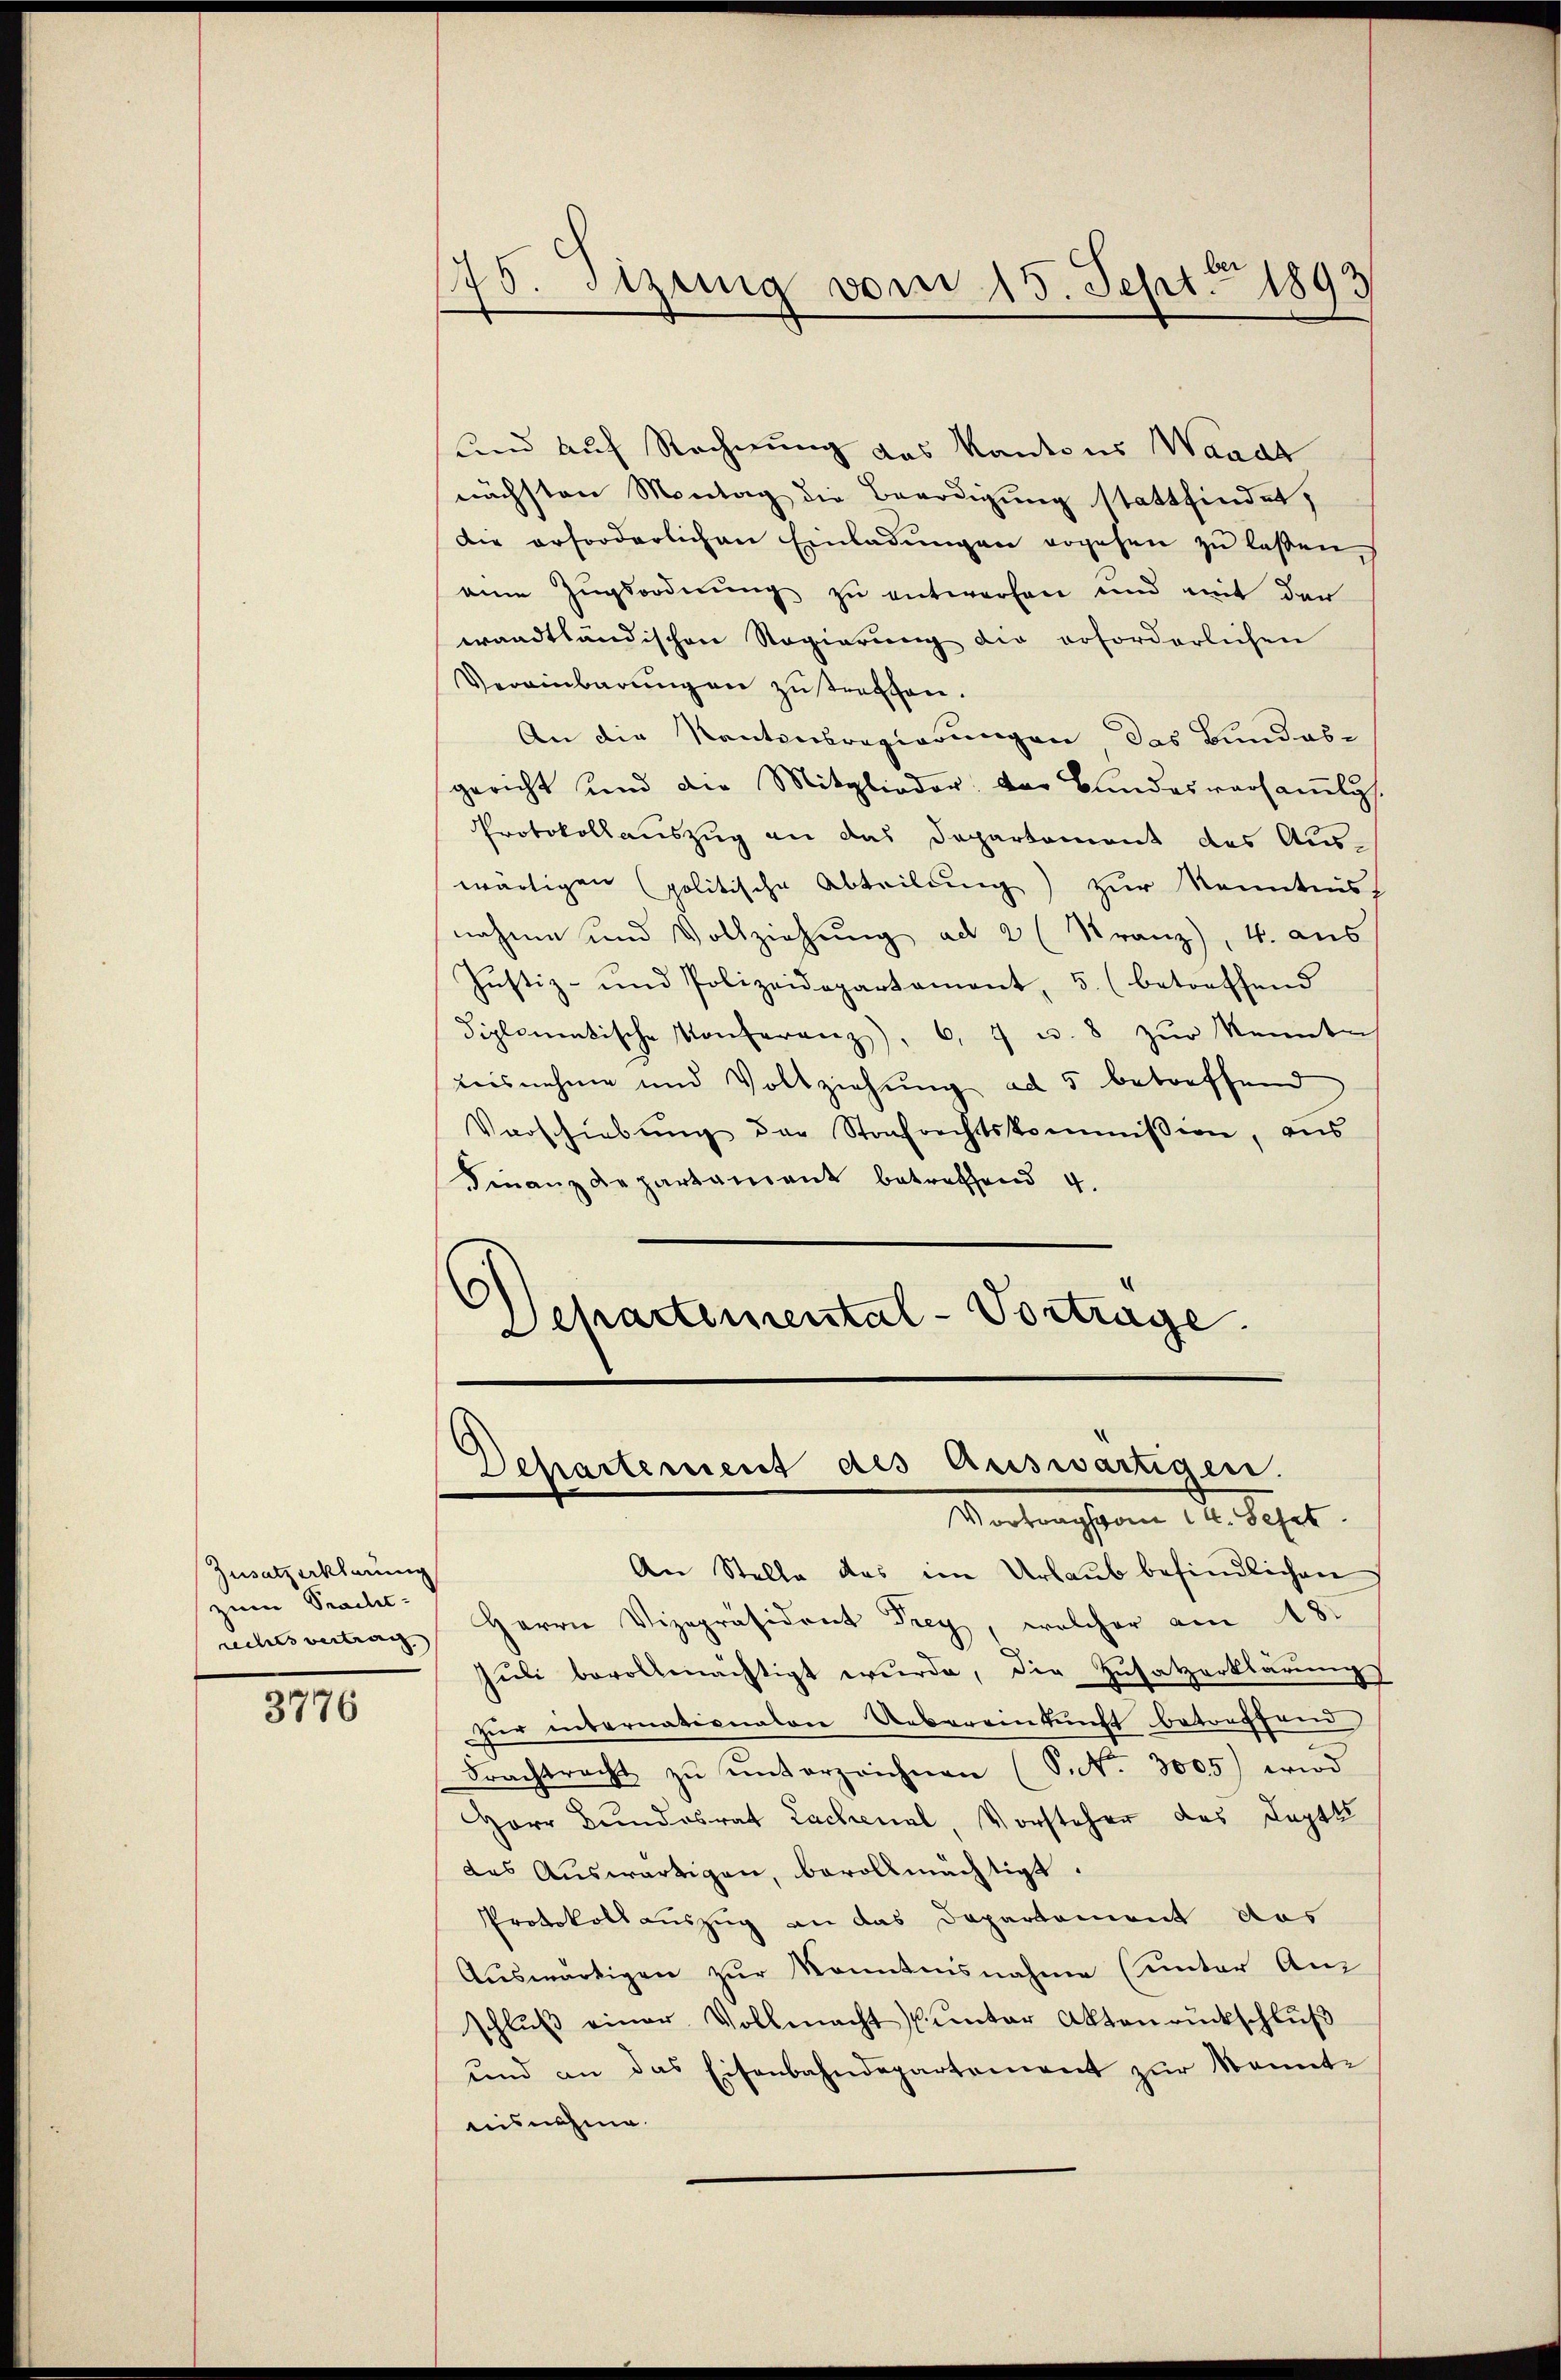
Zusatzerklärung
zum Pracht-

3776

und auf Rechnung das Kantons Waadt
nächsten Montag die Beerdigung stattfindet,
die erforderlichen Einladungen ergehen zu lassen,
eine Zugsordnung zu entworfen und mit der
wandtländischen Regierung die erforderlichen
Vereinbarŭngen zutreffen.
An die Kantonsregierungen das Bundes-
gericht und die Mitglieder; der Bundesversamlis
Protokollauszug an das Departement des Aus-
wärtigen politische Abteilung) zur Kenntens
nahme und Vollziehung ad 2 (Franz), 4. aus
Justiz- und Polizeidepartament, 5. (betreffend
diplomentische Konferenz), 6, 7 u. 8 zur Kennte
teisnehme und Vollziehung ad 5 betreffend
Vorschiebŭng der Strafrechtskommission, aus
Finanzdepartament betreffend 4.
Departemental-Vortrage.

175. Stzung vom 15. Sept. 1893

Departement des Auswärtigen.
Vortrags vom 14. Sept.

An Stelle das im Urlaub befindlichen
rechtsvertrag Herrn Vizepräsident Frey, welcher am 18t
Juli bevollmächtigt wurde, die Zusatzerklärung
ür internationalen Uebereinkunft betreffend
Frachtracht zŭ ŭnterzeichnen (S. 3005) wird
Herr Bundesrat Lachenal, Vorsteher des Leptts
des Auswärtigen, bevollmächtigt.
Protokollauszug an das Departement das
Auswärtigen zur Kenntnisnahme (unter An
schlŭβ einer Vollmacht (unter Aktenrückschlŭβ
und an das Eisenbahndepartement zur kannt-
tisnahme.